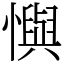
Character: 懙